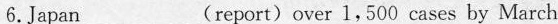
6.Japan___(report)over 1,500 cases by March